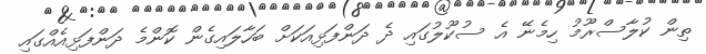
ތިން ކުލާސްރޫމު ހިމެނޭ އެ ސުކޫލުގައި ދެ ދަންފަޅިއަކަށް ބަހާލައިގެން ކޮންމެ ދަންފަޅިއެއްގައި